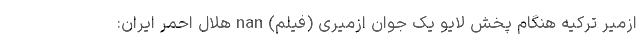
ازمیر ترکیه هنگام پخش لایو یک جوان ازمیری (فیلم) nan هلال احمر ایران: